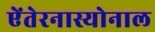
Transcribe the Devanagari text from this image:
ऐंतेरनास्योनाल